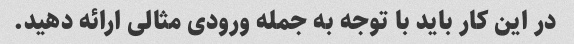
در این کار باید با توجه به جمله ورودی مثالی ارائه دهید.